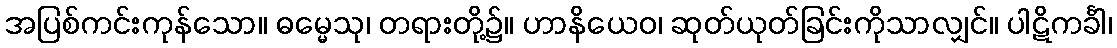
အပြစ်ကင်းကုန်သော။ ဓမ္မေသု၊ တရားတို့၌။ ဟာနိယေဝ၊ ဆုတ်ယုတ်ခြင်းကိုသာလျှင်။ ပါဋိကင်္ခါ၊